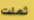
ثملت